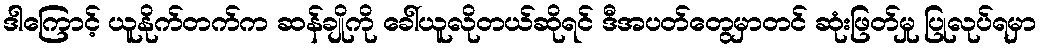
ဒါကြောင့် ယူနိုက်တက်က ဆန်ချိုကို ခေါ်ယူလိုတယ်ဆိုရင် ဒီအပတ်တွေမှာတင် ဆုံးဖြတ်မှု ပြုလုပ်ရမှာ